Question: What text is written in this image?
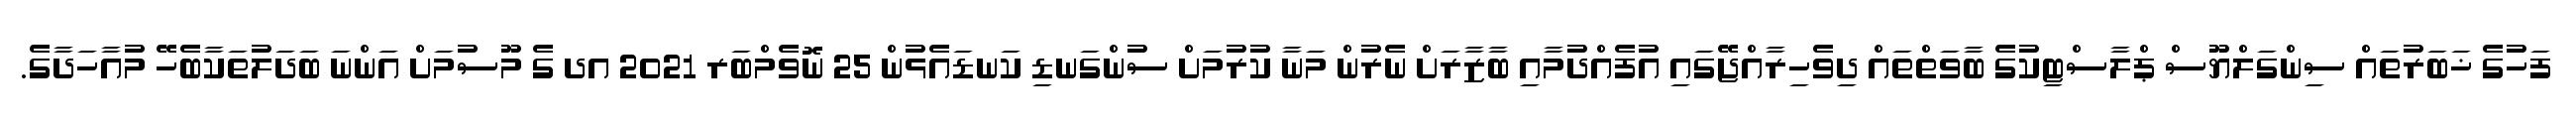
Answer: ފަހުގެ ޚަބަރުތައް ސިންގަލްޔޫސް ޕްލާސްޓިކުގެ ބާވަތްތައް ދިވެހިރާއްޖޭގައި އުފެއްދުމާއި ބާޒާރަށް ނެރުން މަނާ ކުރުމަށް ސުންގަނޑި ކަނޑައެޅުން 25 ނޮވެމްބަރ 2021 އދ ގެ މޫސުމަށް އަންނަ ބަދަލުތަކާބެހޭ މުއާހަދާގެ.